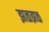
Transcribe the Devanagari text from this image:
झळझळ